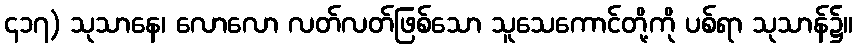
၄၁၇) သုသာနေ၊ လောလော လတ်လတ်ဖြစ်သော သူသေကောင်တို့ကို ပစ်ရာ သုသာန်၌။